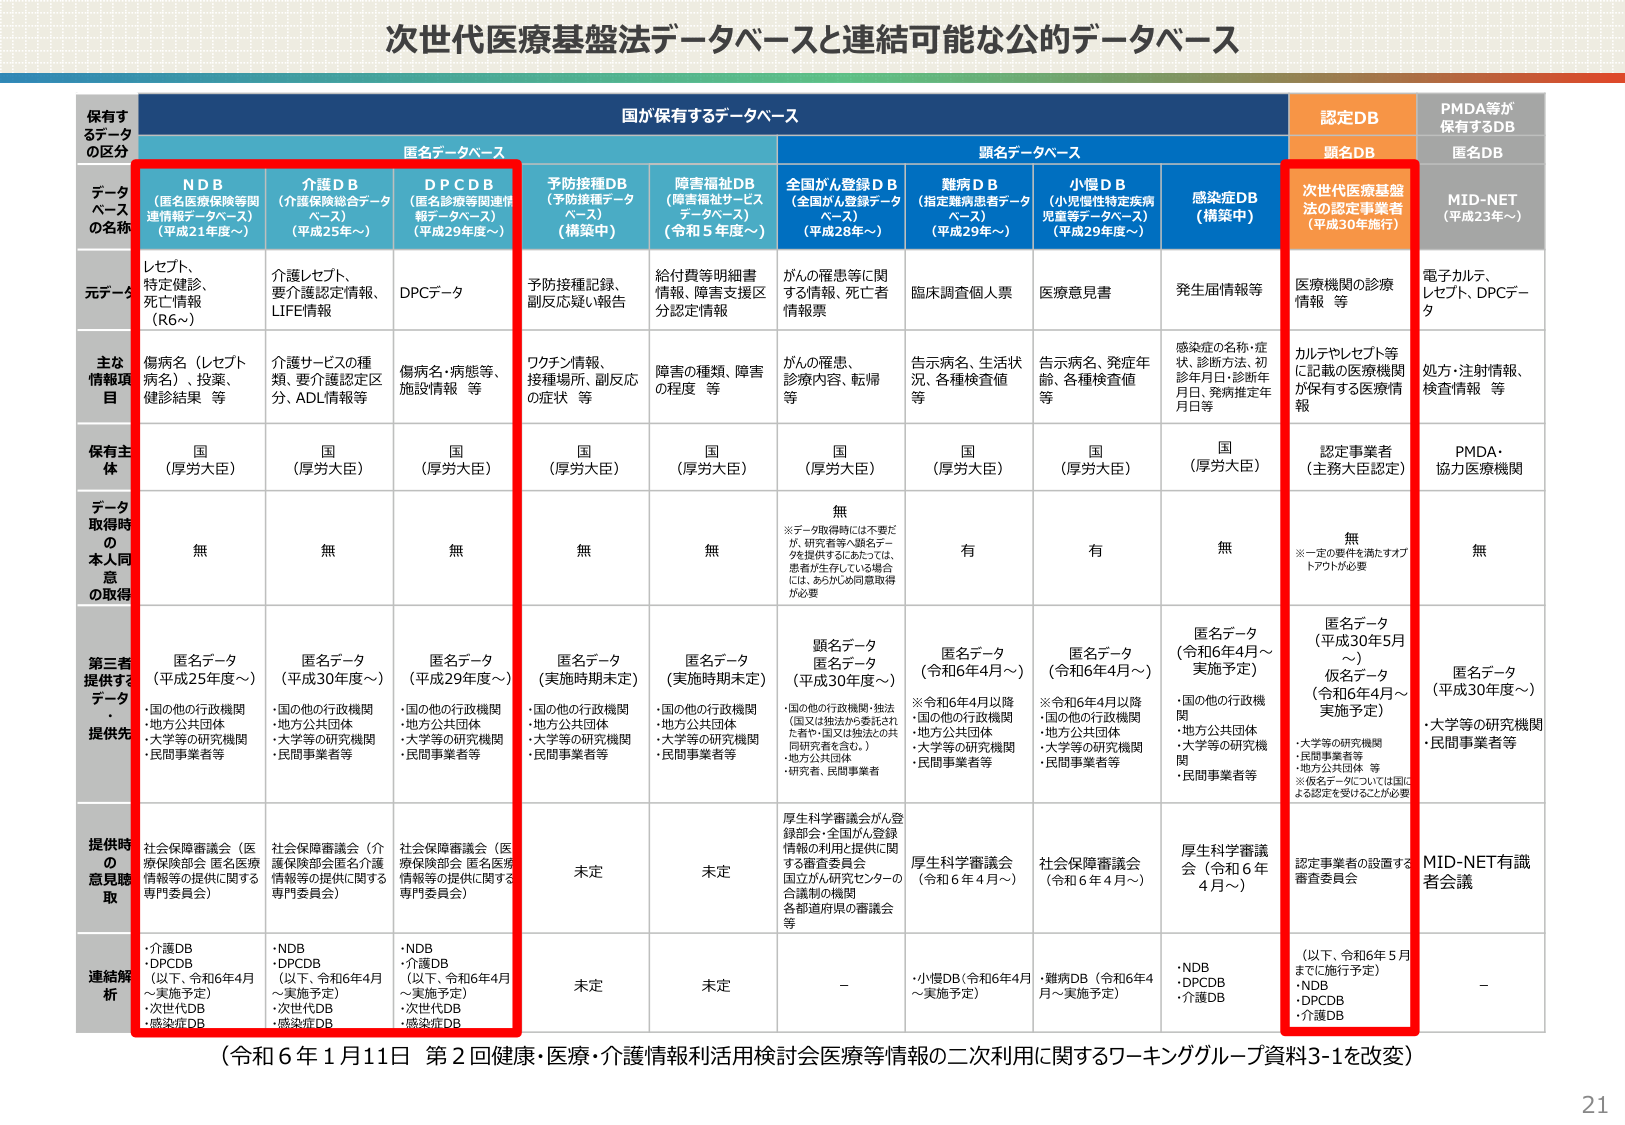
次世代医療基盤法データベースと連結可能なか公的データベース

保有するデータの区分

国が保有するデータベース

認定DB

PMDA等が保有するDB

データベースの名称

匿名データベース

顕名データベース

顕名DB

匿名DB

NDB（匿名医療保険等関連情報データベース）（平成21年度～）

介護DB（介護保険総合データベース）（平成25年度～）

DPCDB（匿名診療等関連情報データベース）（平成29年度～）

予防接種DB（予防接種データベース）（構築中）

障害福祉DB（障害福祉サービスデータベース）（令和5年度～）

全国がん登録DB（全国がん登録データベース）（平成28年度～）

難病DB（指定難病患者データベース）（平成29年度～）

小慢DB（小児慢性特定疾病児童等データベース）（平成29年度～）

感染症DB（構築中）

次世代医療基盤法の認定事業者（平成30年施行）

MID-NET（平成23年～）

元データ

レセプト、特定健診、死亡情報（R6～）

介護レセプト、要介護認定情報、LIFE情報

DPCデータ

予防接種記録、副反応疑い報告

給付費等明細書情報、障害支援区分認定情報

がんの罹患等に関する情報、死亡者情報票

臨床調査個人票

医療意見書

発生届情報等

医療機関の診療情報等

電子カルテ、レセプト、DPCデータ

主な情報項目

傷病名（レセプト病名）、投薬、健診結果等

介護サービスの種類、要介護認定区分、ADL情報等

傷病名・病態等、施設情報等

ワクチン情報、接種場所、副反応の症状等

障害の種類、障害の程度等

がんの罹患、診療内容、転帰等

告示病名、生活状況、各種検査値等

告示病名、発症年齢、各種検査値等

感染症の名称・症状、診断方法、初診年月日、診断年月日、発病推定年月日等

カルテやレセプト等に記載の医療機関が保有する医療情報

処方・注射情報、検査情報等

保有主体

国（厚労大臣）

国（厚労大臣）

国（厚労大臣）

国（厚労大臣）

国（厚労大臣）

国（厚労大臣）

国（厚労大臣）

国（厚労大臣）

国（厚労大臣）

認定事業者（主務大臣認定）

PMDA・協力医療機関

データ取得時の本人同意の取得

無

無

無

無

無

無※データ取得時には不要だが、研究者等へ顕名データを提供するにあたっては、患者が生存している場合には、あらかじめ同意取得が必要

有

有

無

無※一定の要件を満たすオプトアウトが必要

無

第三者提供するデータ・提供先

匿名データ（平成25年度～）・国の他の行政機関・地方公共団体・大学等の研究機関・民間事業者等

匿名データ（平成30年度～）・国の他の行政機関・地方公共団体・大学等の研究機関・民間事業者等

匿名データ（平成29年度～）・国の他の行政機関・地方公共団体・大学等の研究機関・民間事業者等

匿名データ（実施時期未定）・国の他の行政機関・地方公共団体・大学等の研究機関・民間事業者等

匿名データ（実施時期未定）・国の他の行政機関・地方公共団体・大学等の研究機関・民間事業者等

顕名データ匿名データ（平成30年度～）・国の他の行政機関（国又は施設が委託された者や、国又は施設との共同研究者を含む。）・地方公共団体・研究者、民間事業者等

匿名データ（令和6年4月～）※令和6年4月以降・国の他の行政機関・地方公共団体・大学等の研究機関・民間事業者等

匿名データ（令和6年4月～）※令和6年4月以降・国の他の行政機関・地方公共団体・大学等の研究機関・民間事業者等

匿名データ（令和6年4月～実施予定）・国の他の行政機関・地方公共団体・大学等の研究機関・民間事業者等

匿名データ（平成30年5月～）仮名データ（令和6年4月～実施予定）・大学等の研究機関・民間事業者等※仮名データについては国による認定を受けることが必要

匿名データ（平成30年度～）・大学等の研究機関・民間事業者等

提供時の意見聴取

社会保障審議会（医療保険部会 匿名医療情報等の提供に関する専門委員会）

社会保障審議会（介護保険部会匿名介護情報等の提供に関する専門委員会）

社会保障審議会（医療保険部会 匿名医療情報等の提供に関する専門委員会）

未定

未定

厚生科学審議会がん登録部会・全国がん登録情報の利用と提供に関する審査委員会国立がん研究センターの合議制の機関各都道府県の審議会等

厚生科学審議会（令和6年4月～）

社会保障審議会（令和6年4月～）

厚生科学審議会（令和6年4月～）

認定事業者の設置する審査委員会

MID-NET有識者会議

連結解析

・介護DB・DPCDB（以下、令和6年4月～実施予定）・次世代DB・感染症DB

・NDB・DPCDB（以下、令和6年4月～実施予定）・次世代DB・感染症DB

・NDB・介護DB（以下、令和6年4月～実施予定）・次世代DB・感染症DB

未定

未定

－

・小慢DB（令和6年4月～実施予定）

・難病DB（令和6年4月～実施予定）

・NDB・DPCDB・介護DB

（以下、令和6年5月までに施行予定）・NDB・DPCDB・介護DB

－

（令和6年1月11日 第2回健康・医療・介護情報利活用検討会 医療等情報の二次利用に関するワーキンググループ資料3-1を改変）

21